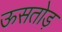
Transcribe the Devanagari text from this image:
ऊसतोड़